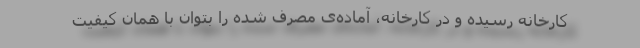
کارخانه رسیده و در کارخانه، آماده‌ی مصرف شده را بتوان با همان کیفیت